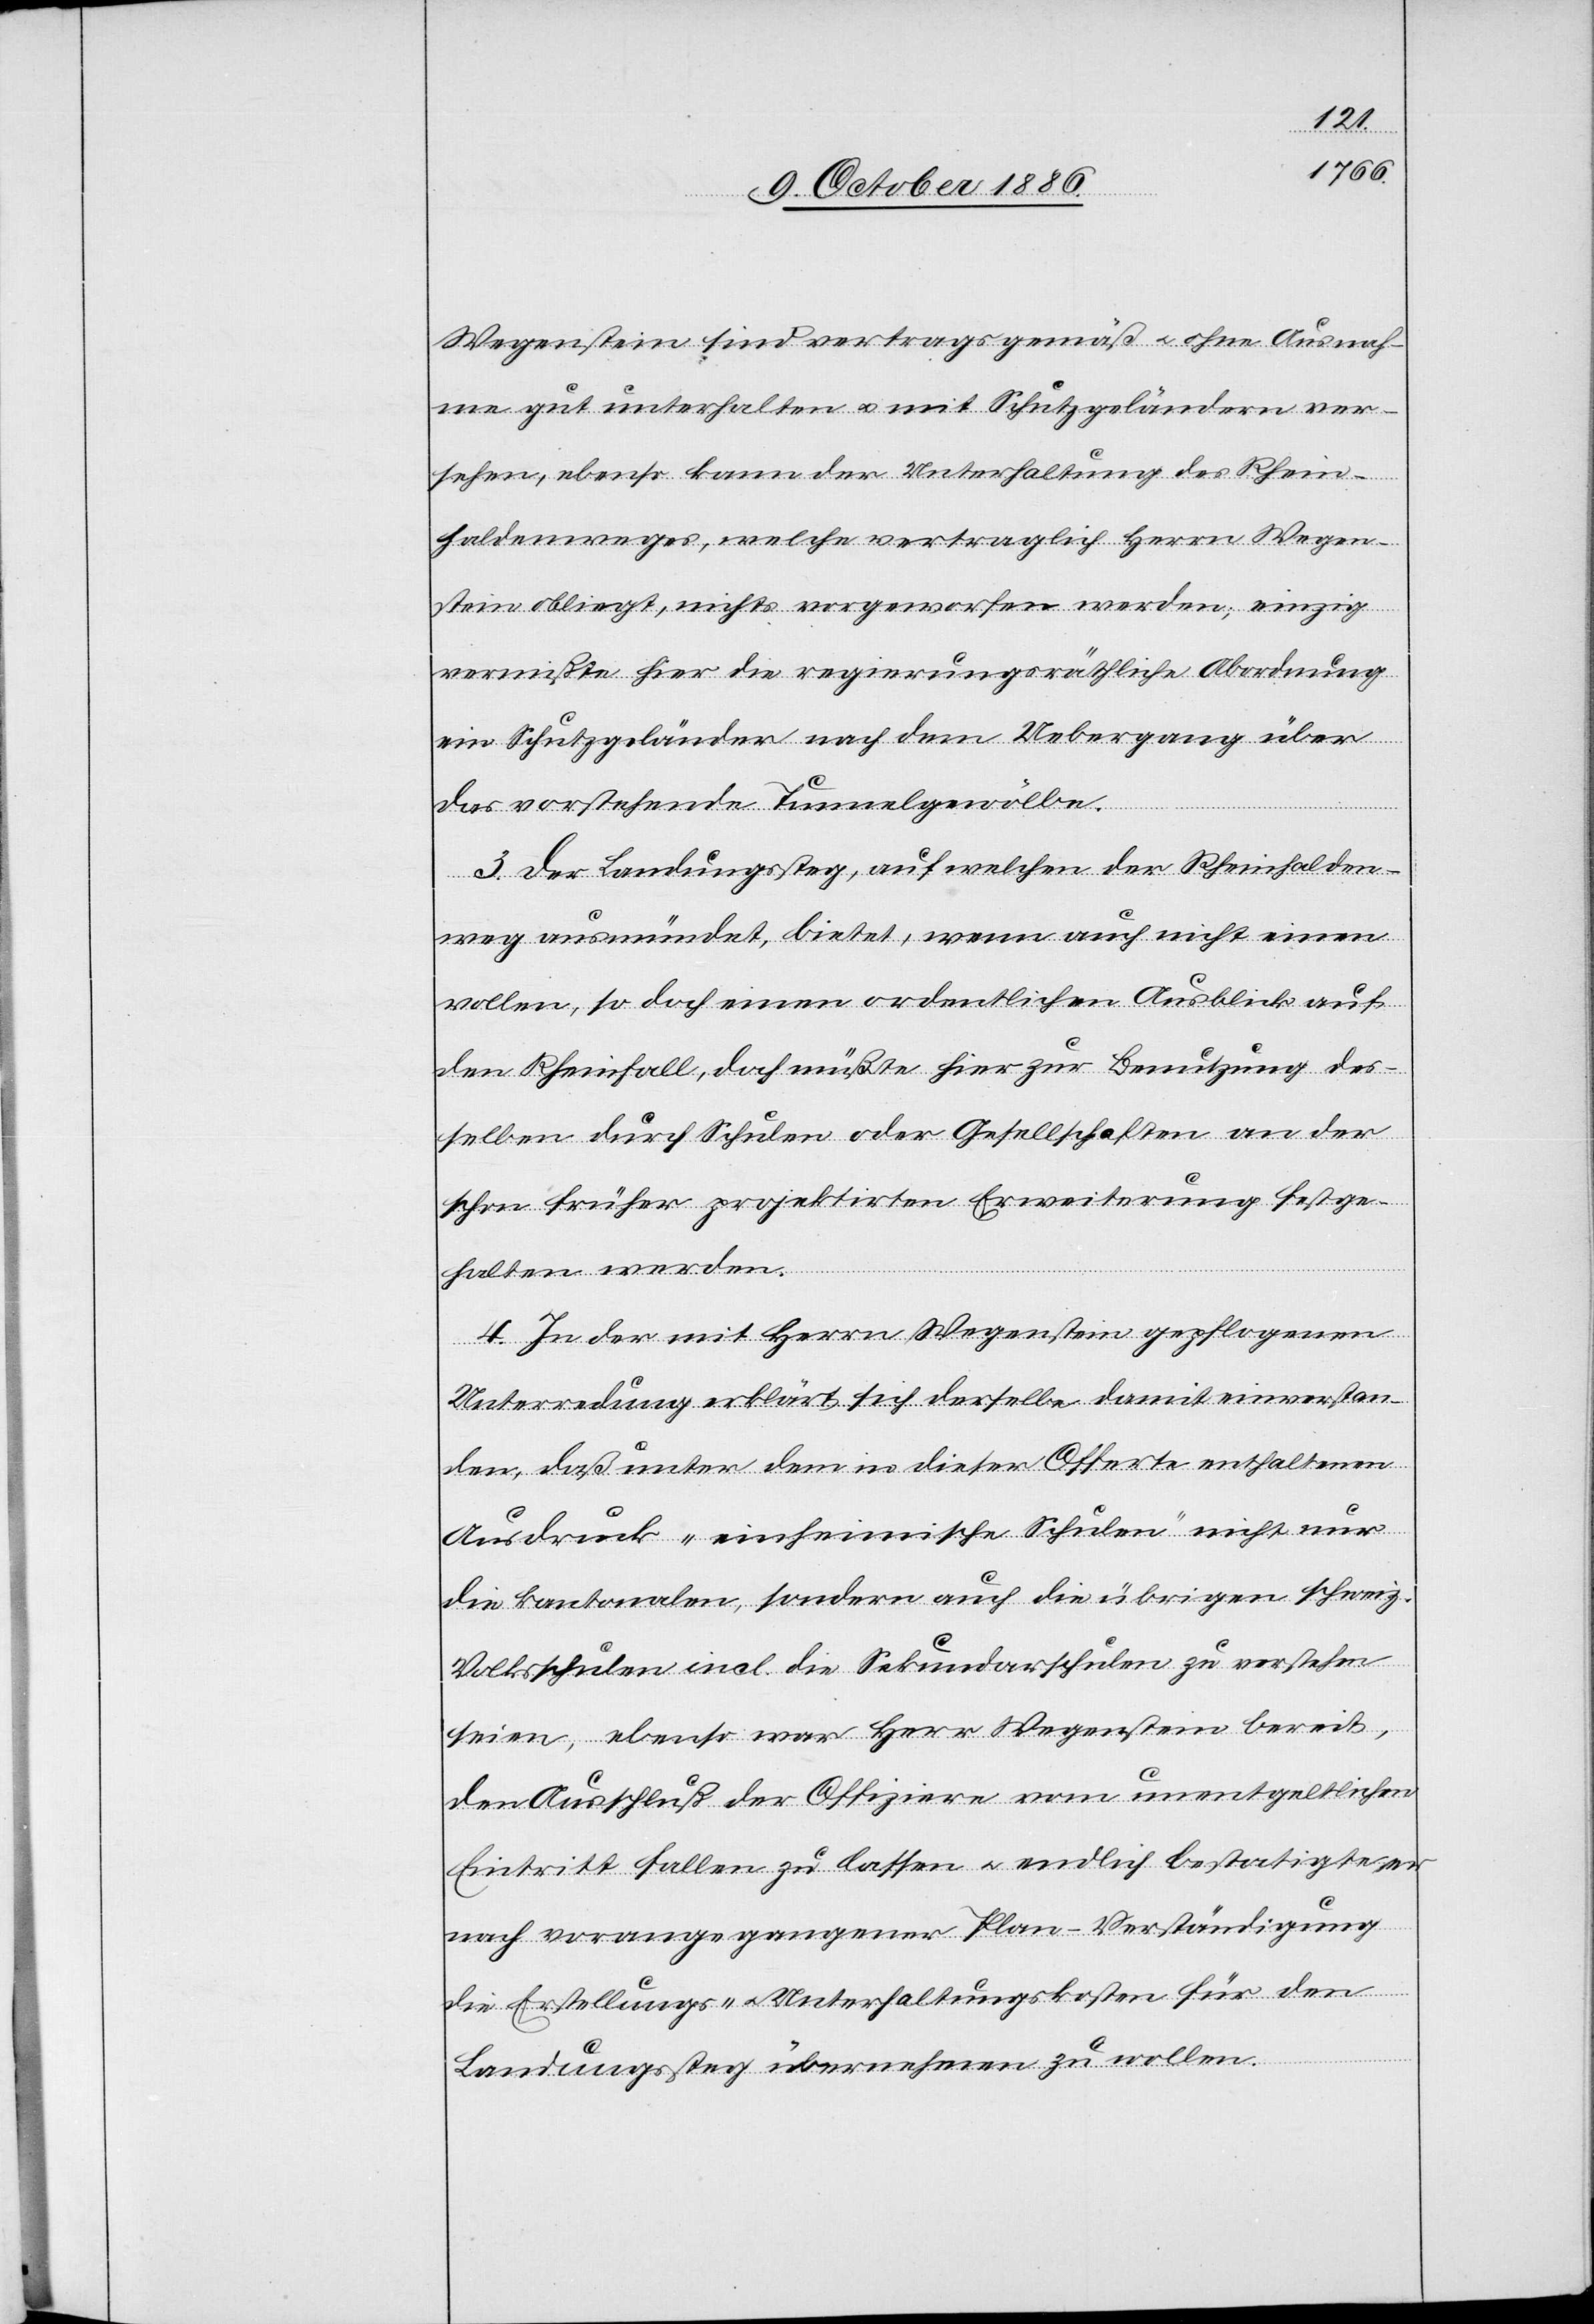
Wegenstein sind vertragsgemäß & ohne Ausnah¬
me gut unterhalten & mit Schutzgeländern ver¬
sehen, ebenso kann der Unterhaltung des Rhein¬
haldenweges, welche vertraglich Herrn Wegen¬
stein obliegt, nichts vorgeworfen werden, einzig
vermißte hier die regierungsräthliche Abordnung
ein Schutzgeländer nach dem Uebergang über
das vorstehende Tunnelgewölbe.
3. Der Landungssteg, auf welchen der Rheinhalden¬
weg ausmündet, bietet, wenn auch nicht einen
vollen, so doch einen ordentlichen Ausblick auf
den Rheinfall, doch müßte hier zur Benutzung des¬
selben durch Schulen oder Gesellschaften an der
schon früher projektirten Erweiterung festge¬
halten werden.
4. In der mit Herrn Wegenstein gepflogenen
Unterredung erklärt sich derselbe damit einverstan¬
den, daß unter dem in dieser Offerte enthaltenen
Ausdruck „einheimische Schulen“ nicht nur
die kantonalen, sondern auch die übrigen schweiz.
Volksschulen incl. die Sekundarschulen zu verstehen
seien, ebenso war Herr Wegenstein bereit,
den Ausschluß der Offiziere vom unentgeltlichen
Eintritt fallen zu lassen & endlich bestatigte
nach vorangegangener Plan-Verständigung
die Erstellungs- & Unterhaltungskosten für den
Landungssteg übernehmen zu wollen.